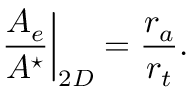
\left. \frac { A _ { e } } { A ^ { \star } } \right| _ { 2 D } = \frac { r _ { a } } { r _ { t } } .